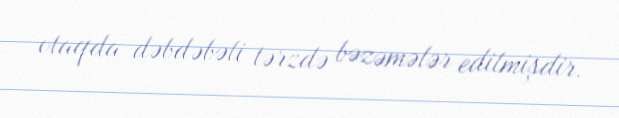
otaqda dəbdəbəli tərzdə bəzəmələr edilmişdir.